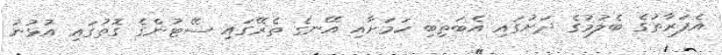
އެފަރާތުގެ ބެލުމުގެ ދަށުގައި އެބަތިބި ކަމަށާއި އޭނގެ ތެރޭގައި ސޭޓުންގެ ގޮތުގައި އުޅުނު